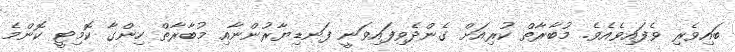
ބައިވެރި ވެފައިވެއެވެ. މުބާރާތް ކުރިއަށް ގެންދެވިފައިވަނީ ފަނޑިޔާރުންނާއި މުބާރާތް ހިންގާ ކޮމިޓީ ކޮންމެ